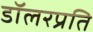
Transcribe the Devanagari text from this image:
डॉलरप्रति